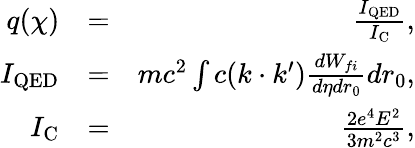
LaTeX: \begin{array}{rlr}{q(\chi)}&{=}&{\frac{I_{\mathrm{QED}}}{I_{\mathrm{C}}},}\\ {I_{\mathrm{QED}}}&{=}&{mc^{2}\int c(k\cdot k^{\prime})\frac{dW_{fi}}{d\eta dr_{0}}dr_{0},}\\ {I_{\mathrm{C}}}&{=}&{\frac{2e^{4}E^{2}}{3m^{2}c^{3}},}\end{array}